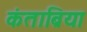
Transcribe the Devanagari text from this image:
कंताब्रिया